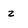
Character: z